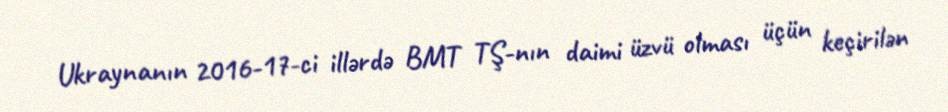
Ukraynanın 2016-17-ci illərdə BMT TŞ-nın daimi üzvü olması üçün keçirilən